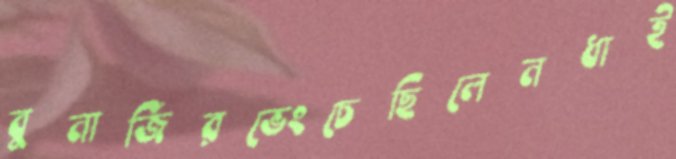
বুনার্জিরভেংচেছিলেনধাই